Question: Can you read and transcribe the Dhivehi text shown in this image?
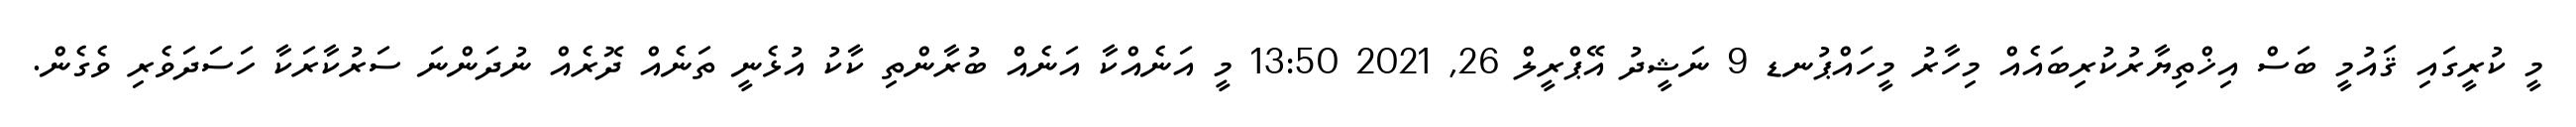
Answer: މީ ކުރީގައި ޤައުމީ ބަސް އިޚްތިޔާރުކުރިބައެއް މިހާރު މީހައްޕުނޑ 9 ނަޝީދު އޭޕްރީލް 26, 2021 13:50 މީ އަނެއްކާ އަނެއް ބުރާންތި ކާކު އުޅެނީ ތަނެއް ދޮރެއް ނުދަންނަ ސަރުކާރަކާ ހަސަދަވެރި ވެގެން.